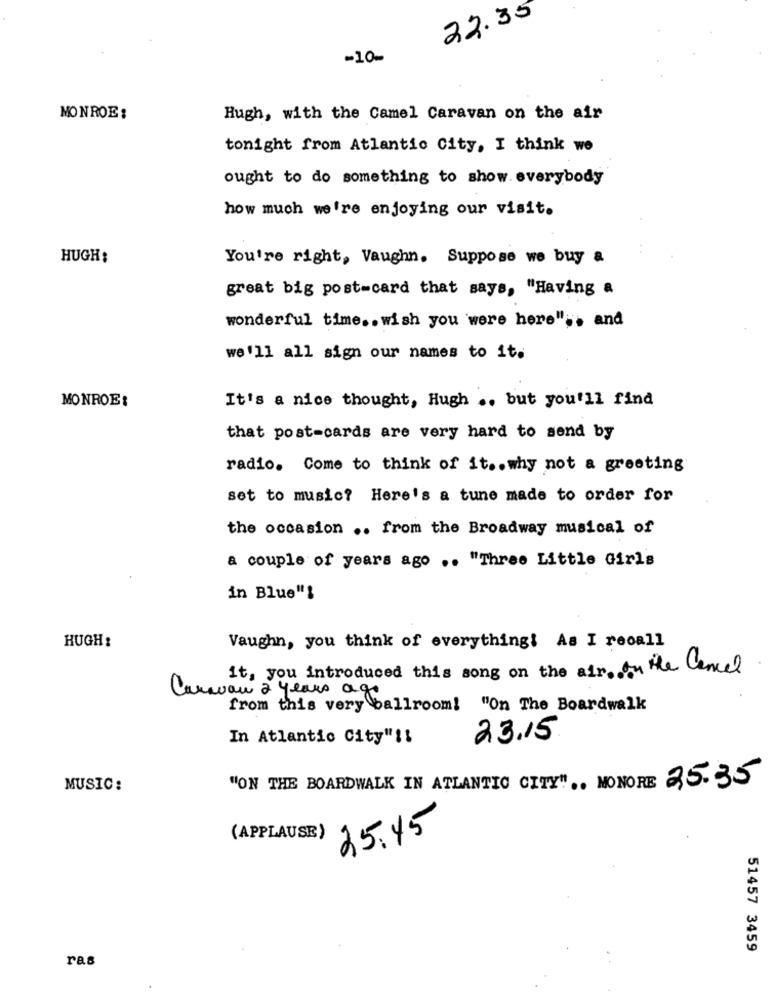
22.35
-10-
MONROE :
Hugh, with the Camel Caravan on the air
tonight from Atlantic City, I think we
ought to do something to show everybody
how much we're enjoying our visit.
HUGH:
You're right, Vaughn. Suppose we buy a
great big post-card that says, "Having a
wonderful time .. wish you were here" .. and
we'll all sign our names to it.
MONROE:
It's a nice thought, Hugh .. but you'll find
that post-cards are very hard to send by
radio. Come to think of it .. why not a greeting
set to music? Here's a tune made to order for
the occasion .. from the Broadway musical of
a couple of years ago .. "Three Little Girls
in Blue"!
HUGH:
Vaughn, you think of everything! As I recall
it, you introduced this song on the air. on the Cancel
Caravan 2 years age
from this very ballroom! "On The Boardwalk
In Atlantic City" !!
23.15
MUSIC:
"ON THE BOARDWALK IN ATLANTIC CITY" .. NONORE 25.35
(APPLAUSE)
25.45
51457 3459
ras